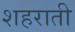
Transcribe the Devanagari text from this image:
शहराती